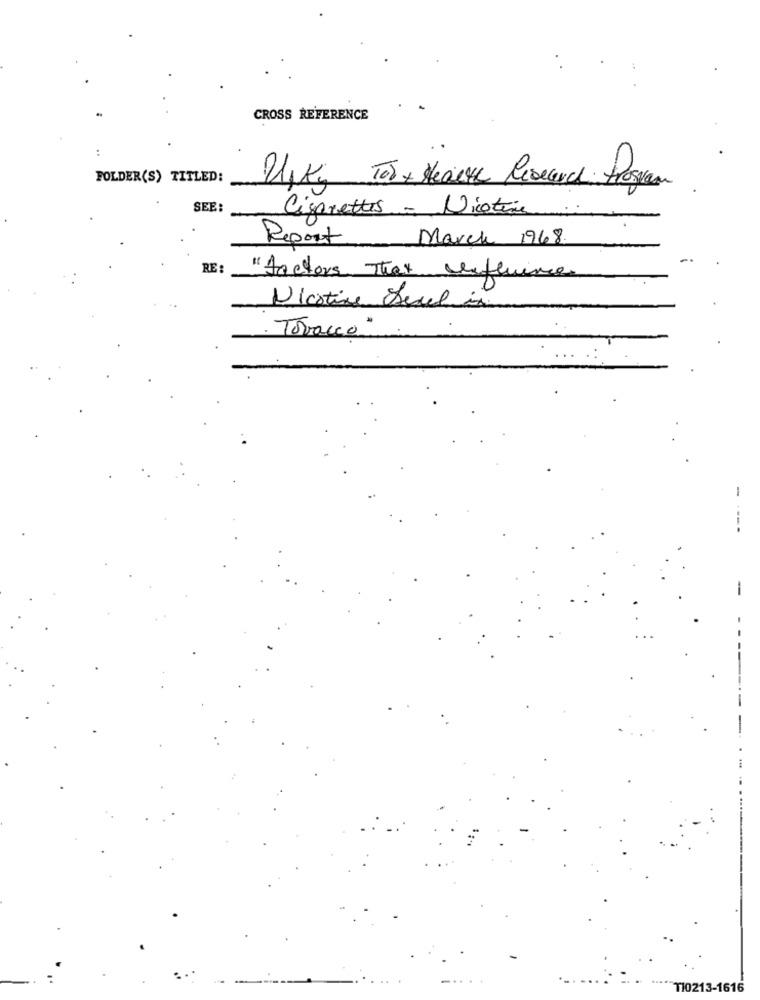
CROSS REFERENCE
FOLDER(S) TITLED:
Upky Tor + Health Research Presyan
SEE:
Cigarettes - Nicotine
Report
March 1968.
RE
"factors That Influence
Nicotine Seul in
Tobacco"
-
-
T10213-1616